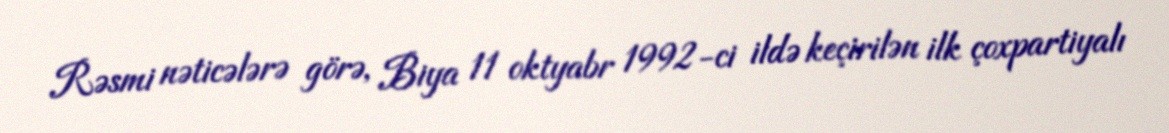
Rəsmi nəticələrə görə, Biya 11 oktyabr 1992-ci ildə keçirilən ilk çoxpartiyalı